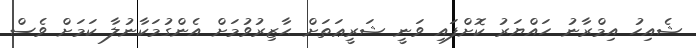
ޝެއިހު އިމްރާނު ހައްޔަރު ކޮށްފައި ވަނީ ޝަރީޢަތަށް ޙާޒިރުވުމަށް އެންގުމަކާނުލާ ކަމަށް ވެސް